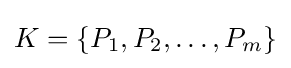
K=\{P_{1},P_{2},\dots ,P_{m}\}